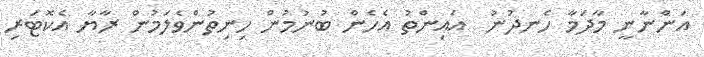
އަންނާނީ މާދަމާ ހެނދުނު  އައިންތު އެހެން ބުނުމުން ހިނިތުންވެލަމުން ރާޔާ އެކޮޓަރި